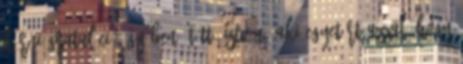
kérni gratuláció ügyében. Tüttő István: Aki egyetért azzal, hogy